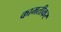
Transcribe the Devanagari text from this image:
कामतीकर